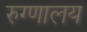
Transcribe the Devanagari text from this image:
रुग्‍णालय